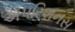
ઍપરિશનસ